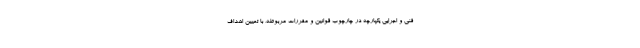
فنی و اجرایی یکپارچه در چارچوب قوانین و مقررات مربوطه، با تعیین اهداف